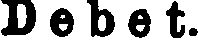
Debet.